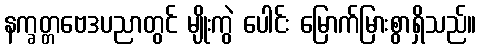
နက္ခတ္တဗေဒပညာတွင် မျိုးကွဲ ပေါင်း မြောက်မြားစွာရှိသည်။